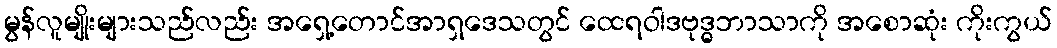
မွန်လူမျိုးများသည်လည်း အရှေ့တောင်အာရှဒေသတွင် ထေရဝါဒဗုဒ္ဓဘာသာကို အစောဆုံး ကိုးကွယ်